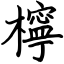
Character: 檸